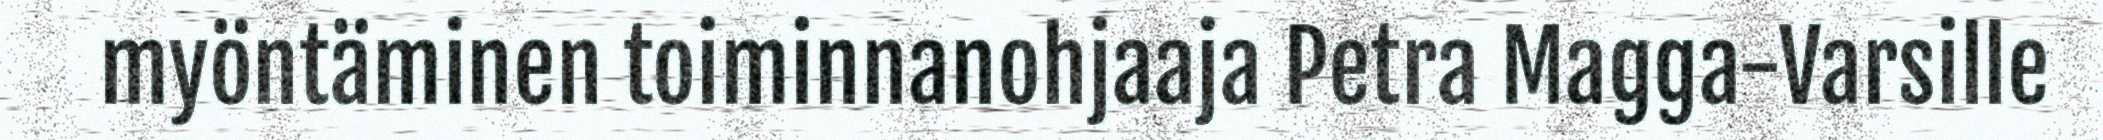
myöntäminen toiminnanohjaaja Petra Magga-Varsille